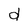
Character: d